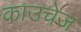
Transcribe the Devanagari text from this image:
काउचेज